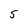
Character: 5